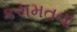
કરામતના